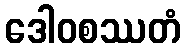
ဒေါဝစဿတံ